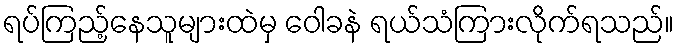
ရပ်ကြည့်နေသူများထဲမှ ဝေါခနဲ ရယ်သံကြားလိုက်ရသည်။